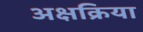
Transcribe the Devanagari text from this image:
अक्षक्रिया